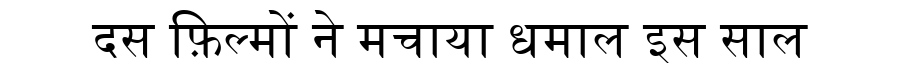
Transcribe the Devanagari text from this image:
दस फ़िल्मों ने मचाया धमाल इस साल